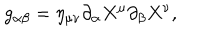
g _ { \alpha \beta } = \eta _ { \mu \nu } \partial _ { \alpha } X ^ { \mu } \partial _ { \beta } X ^ { \nu } ,